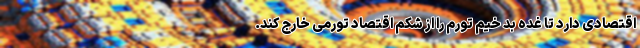
اقتصادی دارد تا غده بد خیم تورم را از شکم اقتصاد تورمی خارج کند.